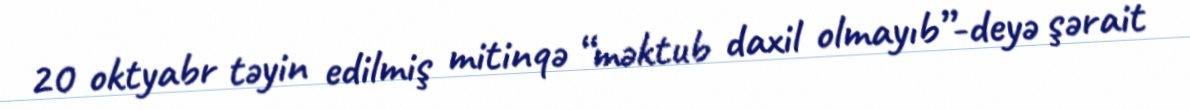
20 oktyabr təyin edilmiş mitinqə “məktub daxil olmayıb”-deyə şərait